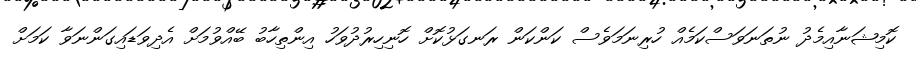
ކޮމިޝަނާއިމެދު ނުތަނަވަސްކަމެއް ހުރިނަމަވެސް ކަންކަން ރަނގަޅުކޮށް ހޮނިހިރުދުވަހު އިންތިހާބު ބޭއްވުމަށް އެދިވަޑައިގަންނަވާ ކަމަށް